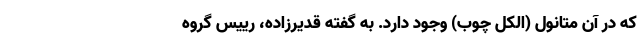
که در آن متانول (الکل چوب) وجود دارد. به گفته قدیرزاده، رییس گروه